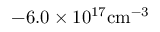
\mathrm { - 6 . 0 \times 1 0 ^ { 1 7 } c m ^ { - 3 } }